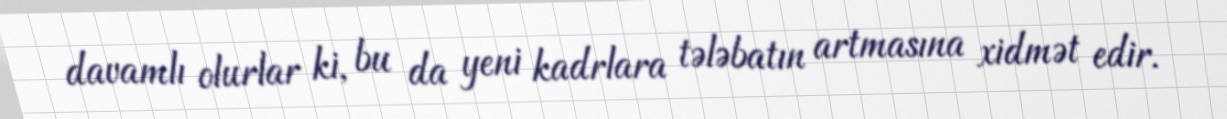
davamlı olurlar ki, bu da yeni kadrlara tələbatın artmasına xidmət edir.